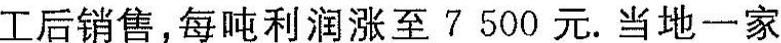
工后销售，每吨利润涨至7500元. 当地一家